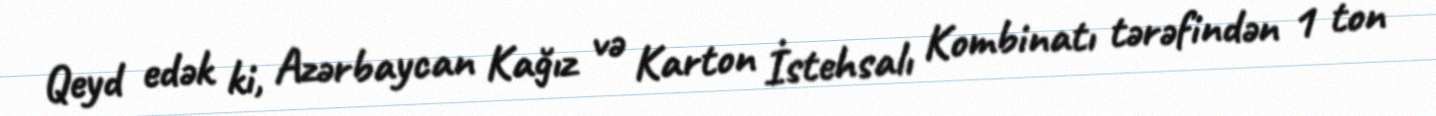
Qeyd edək ki, Azərbaycan Kağız və Karton İstehsalı Kombinatı tərəfindən 1 ton